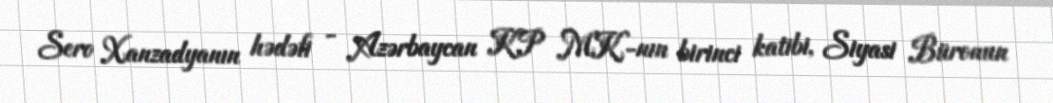
Sero Xanzadyanın hədəfi - Azərbaycan KP MK-nın birinci katibi, Siyasi Büronun